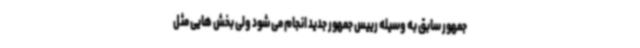
جمهور سابق به وسیله رییس جمهور جدید انجام می شود ولی بخش هایی مثل